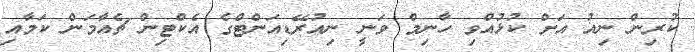
ކުރިން ނިއު އަށް ކުޅުއްވި ހާނިމް ވަނީ ނިއުރޭޑިއަންޓްގެ އެކްޓިން ޗެއާމަން ކަމާއި